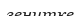
зенитке